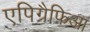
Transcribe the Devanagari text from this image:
एपिग्रैफिआ